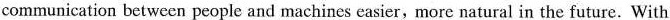
communication betwccn people and machines easier,more natural in the future. With